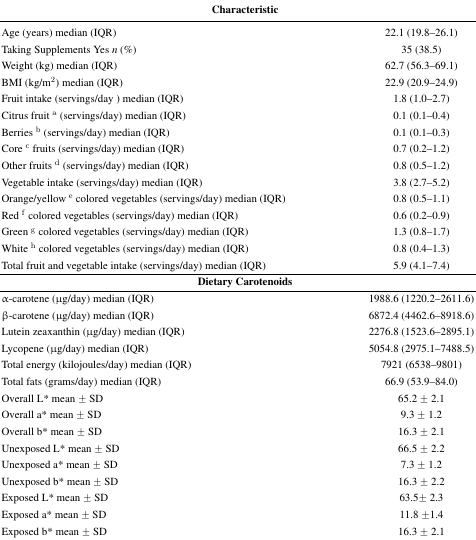
<table><thead><tr><td colspan="2"><b>Characteristic</b></td></tr></thead><tbody><tr><td>Age (years) median (IQR)</td><td>22.1 (19.8–26.1)</td></tr><tr><td>Taking Supplements Yes <i>n</i> (%)</td><td>35 (38.5)</td></tr><tr><td>Weight (kg) median (IQR)</td><td>62.7 (56.3–69.1)</td></tr><tr><td>BMI (kg/m<sup>2</sup>) median (IQR)</td><td>22.9 (20.9–24.9)</td></tr><tr><td>Fruit intake (servings/day ) median (IQR)</td><td>1.8 (1.0–2.7)</td></tr><tr><td>Citrus fruit <sup>a</sup> (servings/day) median (IQR)</td><td>0.1 (0.1–0.4)</td></tr><tr><td>Berries <sup>b</sup> (servings/day) median (IQR)</td><td>0.1 (0.1–0.3)</td></tr><tr><td>Core <sup>c</sup> fruits (servings/day) median (IQR)</td><td>0.7 (0.2–1.2)</td></tr><tr><td>Other fruits <sup>d</sup> (servings/day) median (IQR)</td><td>0.8 (0.5–1.2)</td></tr><tr><td>Vegetable intake (servings/day) median (IQR)</td><td>3.8 (2.7–5.2)</td></tr><tr><td>Orange/yellow <sup>e</sup> colored vegetables (servings/day) median (IQR)</td><td>0.8 (0.5–1.1)</td></tr><tr><td>Red <sup>f</sup> colored vegetables (servings/day) median (IQR)</td><td>0.6 (0.2–0.9)</td></tr><tr><td>Green <sup>g</sup> colored vegetables (servings/day) median (IQR)</td><td>1.3 (0.8–1.7)</td></tr><tr><td>White <sup>h</sup> colored vegetables (servings/day) median (IQR)</td><td>0.8 (0.4–1.3)</td></tr><tr><td>Total fruit and vegetable intake (servings/day) median (IQR)</td><td>5.9 (4.1–7.4)</td></tr><tr><td colspan="2"><b>Dietary Carotenoids</b></td></tr><tr><td>α-carotene (μg/day) median (IQR)</td><td>1988.6 (1220.2–2611.6)</td></tr><tr><td>β-carotene (μg/day) median (IQR)</td><td>6872.4 (4462.6–8918.6)</td></tr><tr><td>Lutein zeaxanthin (μg/day) median (IQR)</td><td>2276.8 (1523.6–2895.1)</td></tr><tr><td>Lycopene (μg/day) median (IQR)</td><td>5054.8 (2975.1–7488.5)</td></tr><tr><td>Total energy (kilojoules/day) median (IQR)</td><td>7921 (6538–9801)</td></tr><tr><td>Total fats (grams/day) median (IQR)</td><td>66.9 (53.9–84.0)</td></tr><tr><td>Overall L* mean ± SD</td><td>65.2 ± 2.1</td></tr><tr><td>Overall a* mean ± SD</td><td>9.3 ± 1.2</td></tr><tr><td>Overall b* mean ± SD</td><td>16.3 ± 2.1</td></tr><tr><td>Unexposed L* mean ± SD</td><td>66.5 ± 2.2</td></tr><tr><td>Unexposed a* mean ± SD</td><td>7.3 ± 1.2</td></tr><tr><td>Unexposed b* mean ± SD</td><td>16.3 ± 2.2</td></tr><tr><td>Exposed L* mean ± SD</td><td>63.5± 2.3</td></tr><tr><td>Exposed a* mean ± SD</td><td>11.8 ±1.4</td></tr><tr><td>Exposed b* mean ± SD</td><td>16.3 ± 2.1</td></tr></tbody></table>